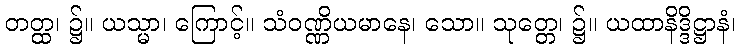
တတ္ထ၊ ၌။ ယသ္မာ၊ ကြောင့်။ သံဝဏ္ဏိယမာနေ၊ သော။ သုတ္တေ၊ ၌။ ယထာနိဒ္ဒိဋ္ဌာနံ၊